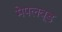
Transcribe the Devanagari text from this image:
मेपलवूड